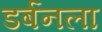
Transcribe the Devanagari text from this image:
डर्बनला